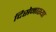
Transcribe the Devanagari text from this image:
दिसेनाश्या